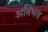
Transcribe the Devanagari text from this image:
अतिभय